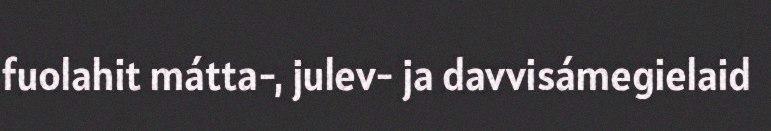
fuolahit mátta-, julev- ja davvisámegielaid